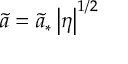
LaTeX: \tilde { a } = \tilde { a } _ { * } \left| \eta \right| ^ { 1 / 2 }